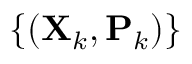
\{ ( \mathbf { X } _ { k } , \mathbf { P } _ { k } ) \}